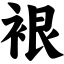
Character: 裉